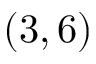
( 3 , 6 )